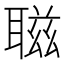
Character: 𦖺